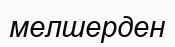
мелшерден